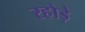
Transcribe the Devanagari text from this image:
रहोड़े